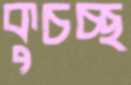
কুচচ্ছ